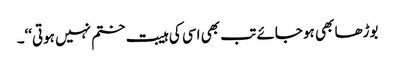
بوڑھا بھی ہو جائے تب بھی اسی کی ہیبت ختم نہیں ہوتی‘‘۔